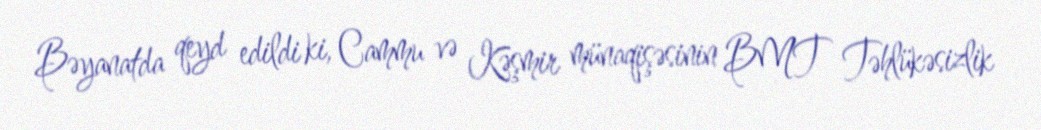
Bəyanatda qeyd edildi ki, Cammu və Kəşmir münaqişəsinin BMT Təhlükəsizlik